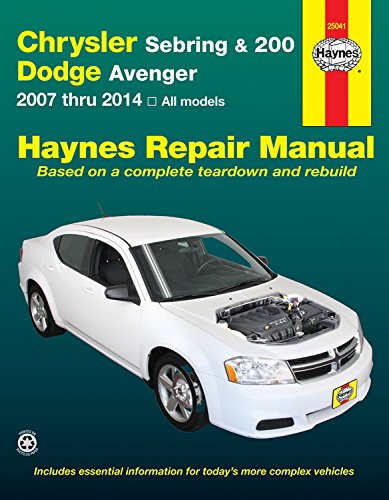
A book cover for Chrysler Sebring & 200 and Dodge Avenger: 2007 thru 2014, All models (Haynes Repair Manual); Editors of Haynes Manuals; Engineering & Transportation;